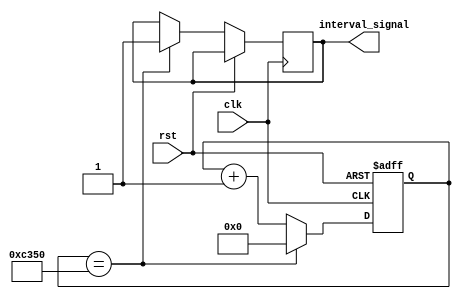
module IntervalTimer (
input wire clk,
input wire rst,
output reg interval_signal
);

reg [31:0] counter;

always @ (posedge clk or posedge rst)
begin
    if (rst)
        counter <= 0;
    else begin
        if (counter == 50000) // assuming 50 MHz clock frequency
        begin
            counter <= 0;
            interval_signal <= 1;
        end
        else
            counter <= counter + 1;
    end
end

endmodule